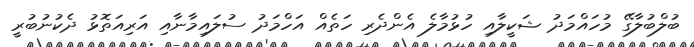
ބުލްބުލާގޭ މުހައްމަދު ޝަކީލާއި ހުޅުމާލެ އެންދެރި ހަތެއް އަހްމަދު ސުލައިމާނާއި އަރިއަތޮޅު ދެކުނުބުރީ